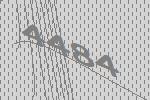
4484